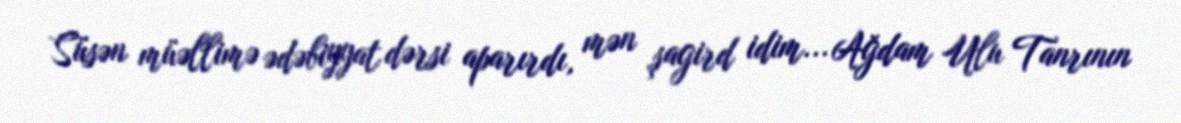
Süsən müəllimə ədəbiyyat dərsi aparırdı, mən şagird idim... Ağdam Ulu Tanrının